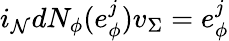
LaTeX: i_{\mathcal{N}}dN_{\phi}(e_{\phi}^{j})v_{\Sigma}=e_{\phi}^{j}